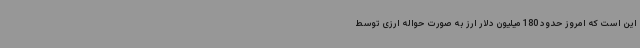
این است که امروز حدود 180 میلیون دلار ارز به صورت حواله ارزی توسط